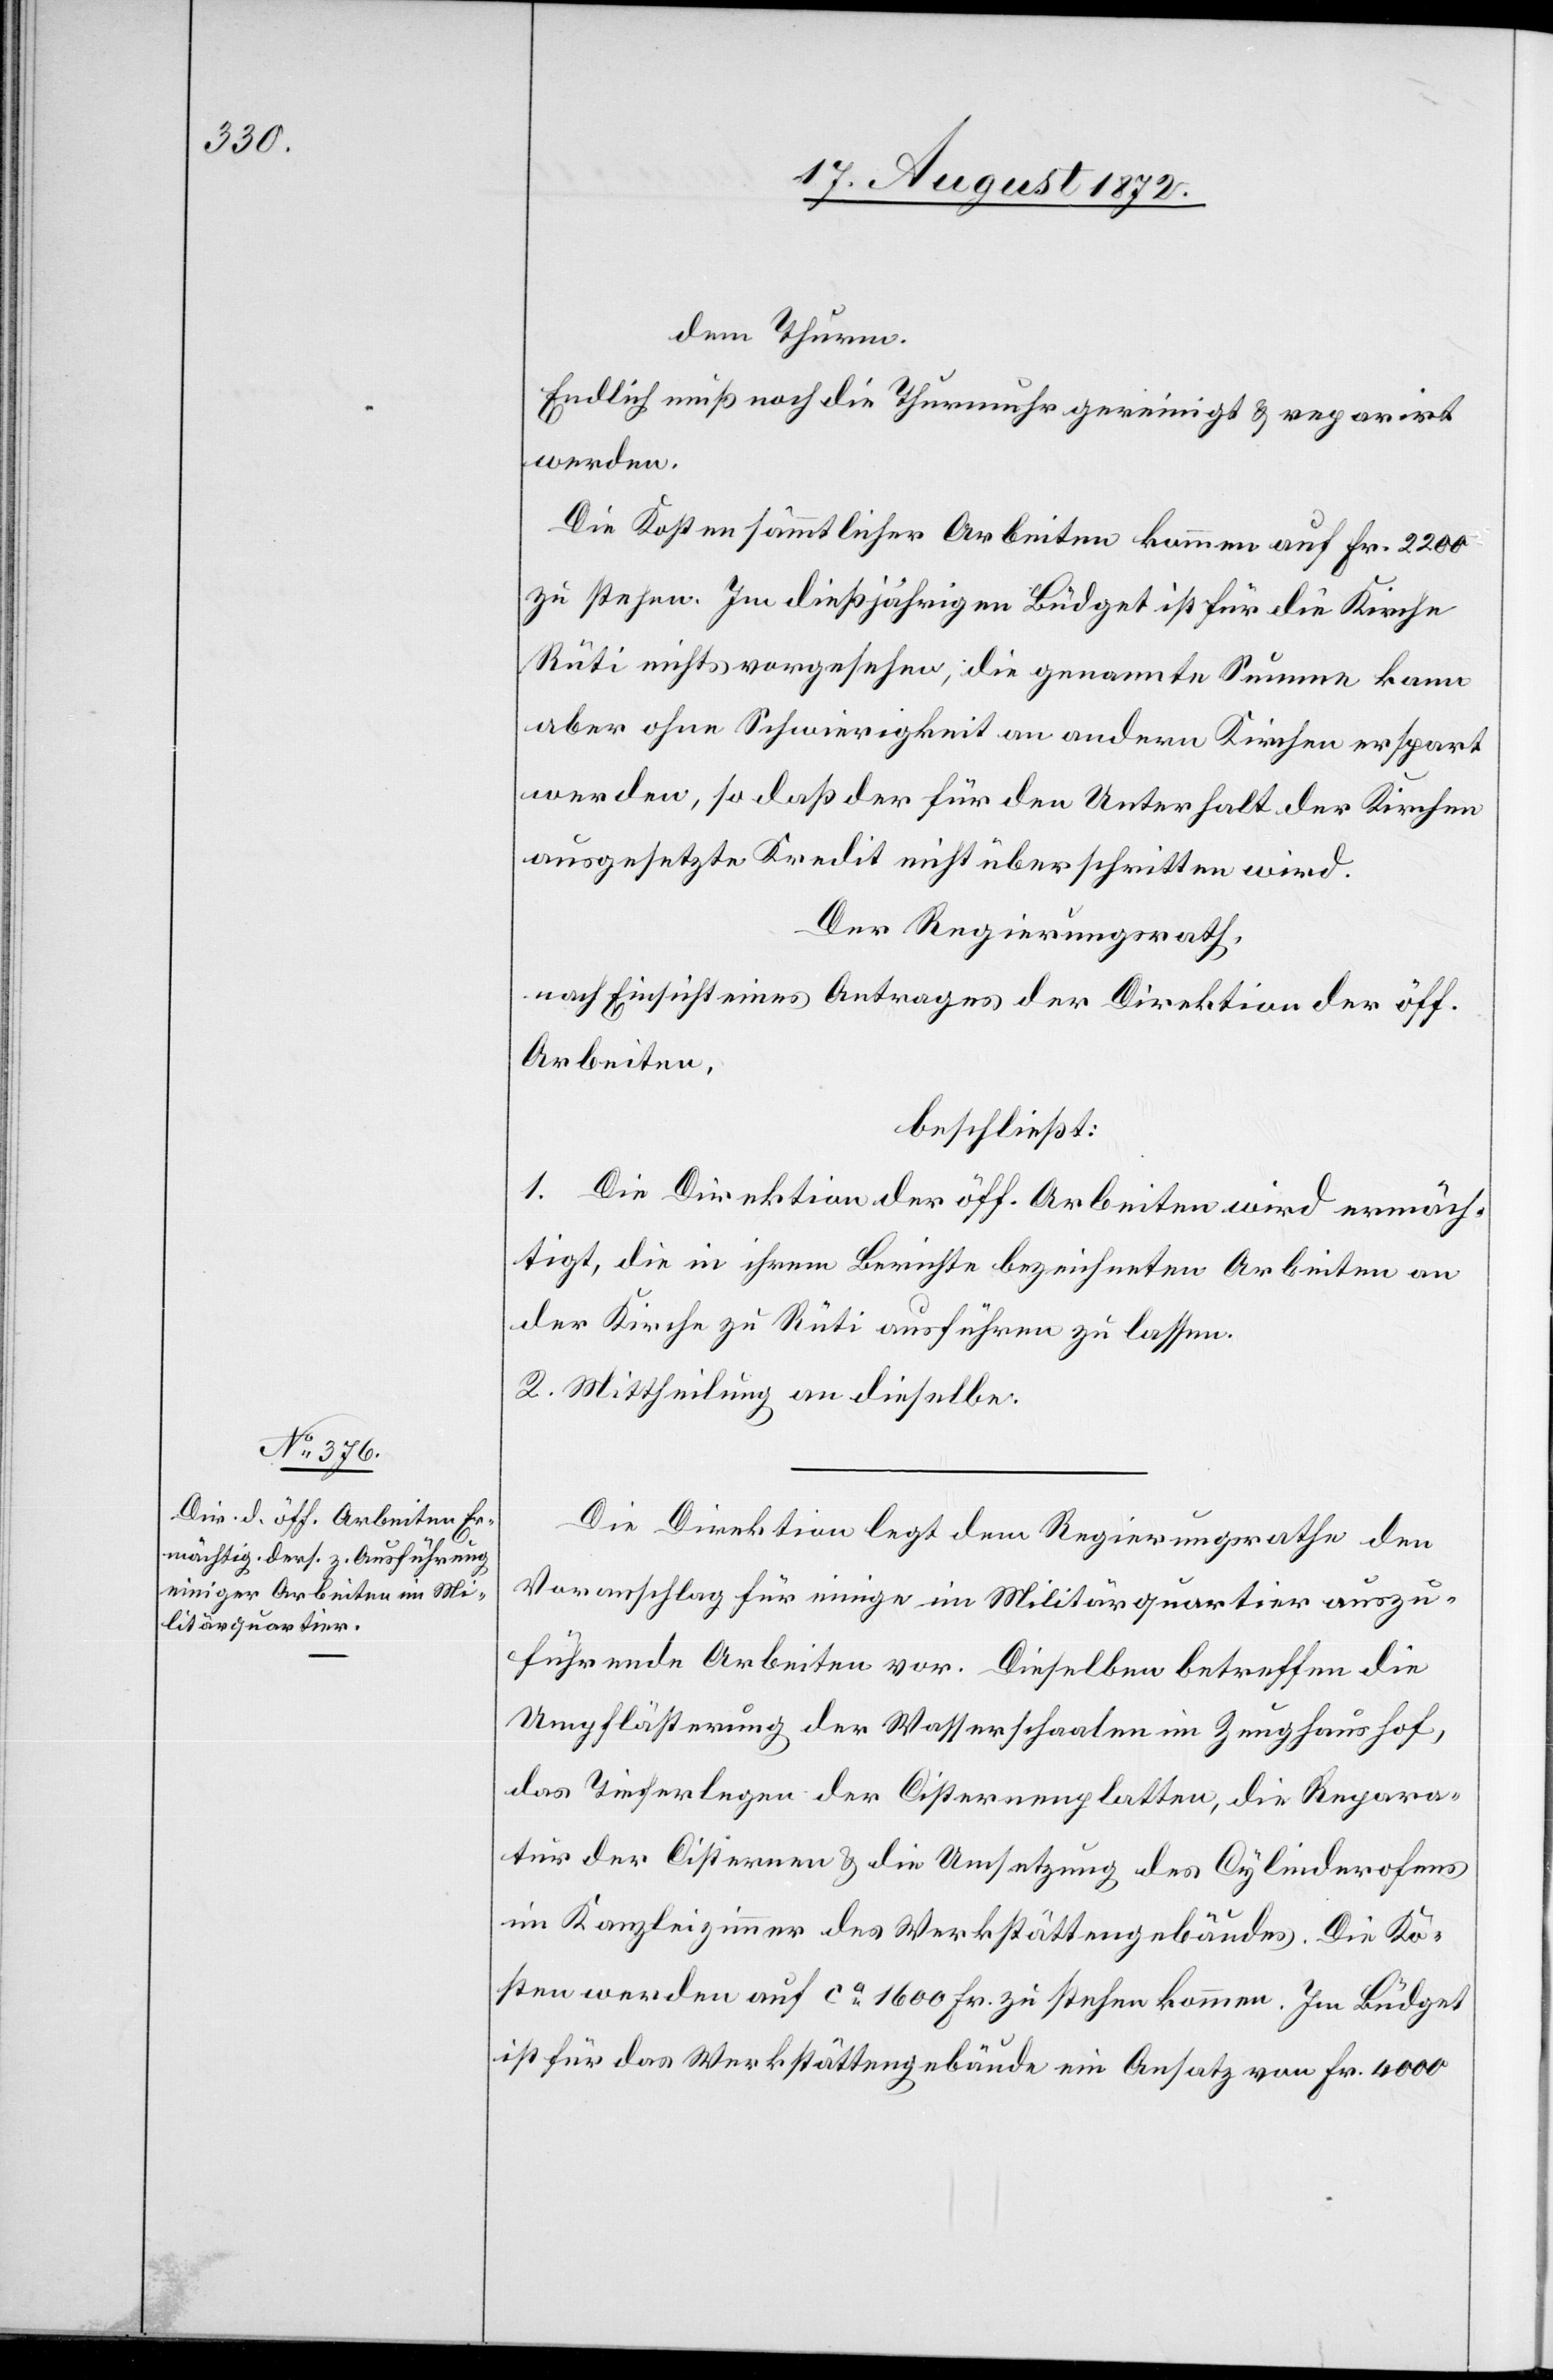
dem Thurm.
Endlich muß noch die Thurmuhr gereinigt u. reparirt
werden.
Die Kosten sämmtlicher Arbeiten kommen auf Fr. 2200
zu stehen. Im dießjährigen Büdget ist für die Kirche
Rüti nichts vorgesehen, die genannte Summe kann
aber ohne Schwierigkeit an andern Kirchen erspart
werden, so daß der für den Unterhalt der Kirchen
ausgesetzte Kredit nicht überschritten wird.
Der Regierungsrath,
nach Einsicht eines Antrages der Direktion der öff.
Arbeiten,
beschließt:
1. Die Direktion der öff. Arbeiten wird ermäch¬
tigt, die in ihrem Berichte bezeichneten Arbeiten an
der Kirche zu Rüti ausführen zu lassen.
2. Mittheilung an dieselbe.
Die Direktion legt dem Regierungsrathe den
Voranschlag für einige im Militärquartier auszu¬
führende Arbeite vor. Dieselben betreffen die
Umpflästerung der Wasserschaalen im Zeughaushof,
das Tieferlegen der Cisternenplatten, die Repara¬
tur der Cisternen u. die Umsetzung des Cylinderofens
im Kanzleizimmer des Werkstättengebäudes. Die Ko¬
sten werden auf ca 1600 Fr. zu stehen kommen. Im Büdget
ist für das Werkstättengebäude ein Ansatz von Fr. 4000